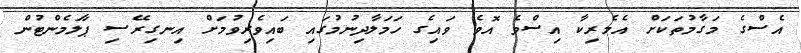
އެސްގެ މަގާމުތަކަށް އެމެރިކާ އިސްވެ އޮވެ ވައިގެ ހަމަލާދިނުމުގައި ބައިވެރިވުމަށް އިނގިރޭސި ޕާލަމެންޓުން